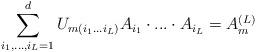
LaTeX: \begin{align*}\sum_{i_1,...,i_L=1}^{d}{U_{m(i_1...i_L)}A_{i_1}\cdot...\cdot A_{i_L}}=A^{(L)}_m\end{align*}